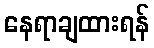
နေရာချထားရန်